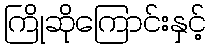
ကြိုဆိုကြောင်းနှင့်